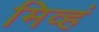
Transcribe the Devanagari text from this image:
मिव्हं